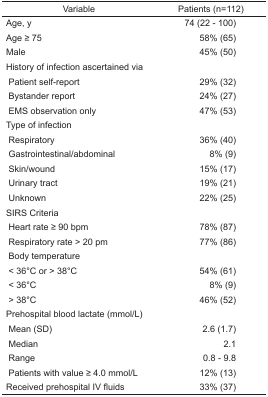
<table><thead><tr><td><b>Variable</b></td><td><b>Patients (n=112)</b></td></tr></thead><tbody><tr><td>Age, y</td><td>74 (22 – 100)</td></tr><tr><td>Age ≥ 75</td><td>58% (65)</td></tr><tr><td>Male</td><td>45% (50)</td></tr><tr><td colspan="2">History of infection ascertained via</td></tr><tr><td> Patient self-report</td><td>29% (32)</td></tr><tr><td> Bystander report</td><td>24% (27)</td></tr><tr><td> EMS observation only</td><td>47% (53)</td></tr><tr><td colspan="2">Type of infection</td></tr><tr><td> Respiratory</td><td>36% (40)</td></tr><tr><td> Gastrointestinal/abdominal</td><td>8% (9)</td></tr><tr><td> Skin/wound</td><td>15% (17)</td></tr><tr><td> Urinary tract</td><td>19% (21)</td></tr><tr><td> Unknown</td><td>22% (25)</td></tr><tr><td colspan="2">SIRS Criteria</td></tr><tr><td> Heart rate ≥ 90 bpm</td><td>78% (87)</td></tr><tr><td> Respiratory rate &gt; 20 pm</td><td>77% (86)</td></tr><tr><td colspan="2"> Body temperature</td></tr><tr><td> &lt; 36°C or &gt; 38°C</td><td>54% (61)</td></tr><tr><td> &lt; 36°C</td><td>8% (9)</td></tr><tr><td> &gt; 38°C</td><td>46% (52)</td></tr><tr><td colspan="2">Prehospital blood lactate (mmol/L)</td></tr><tr><td> Mean (SD)</td><td>2.6 (1.7)</td></tr><tr><td> Median</td><td>2.1</td></tr><tr><td> Range</td><td>0.8 – 9.8</td></tr><tr><td> Patients with value ≥ 4.0 mmol/L</td><td>12% (13)</td></tr><tr><td>Received prehospital IV fluids</td><td>33% (37)</td></tr></tbody></table>